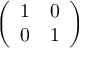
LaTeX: \left( \begin{array} { l l } { 1 } & { 0 } \\ { 0 } & { 1 } \end{array} \right)